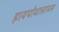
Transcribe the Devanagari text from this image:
हायपोथालामस